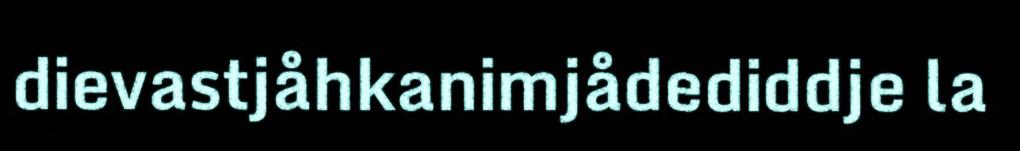
dievastjåhkanimjådediddje la